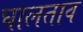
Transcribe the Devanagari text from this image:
घालताव